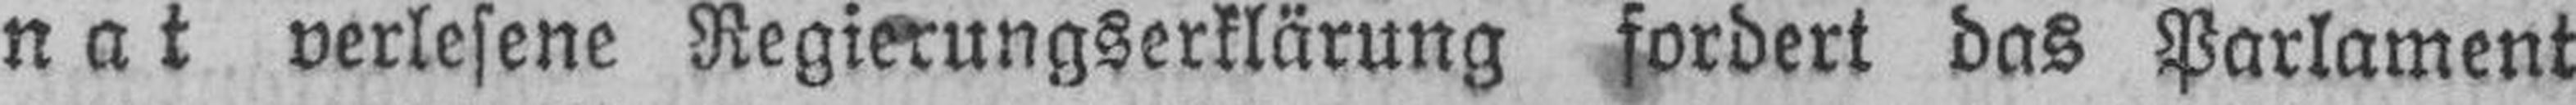
nat verlesene Regierungserklärung fordert das Parlament